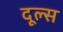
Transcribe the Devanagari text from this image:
दूल्स